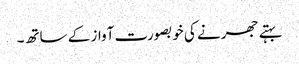
بہتے جھرنے کی خوبصورت آواز کے ساتھ۔